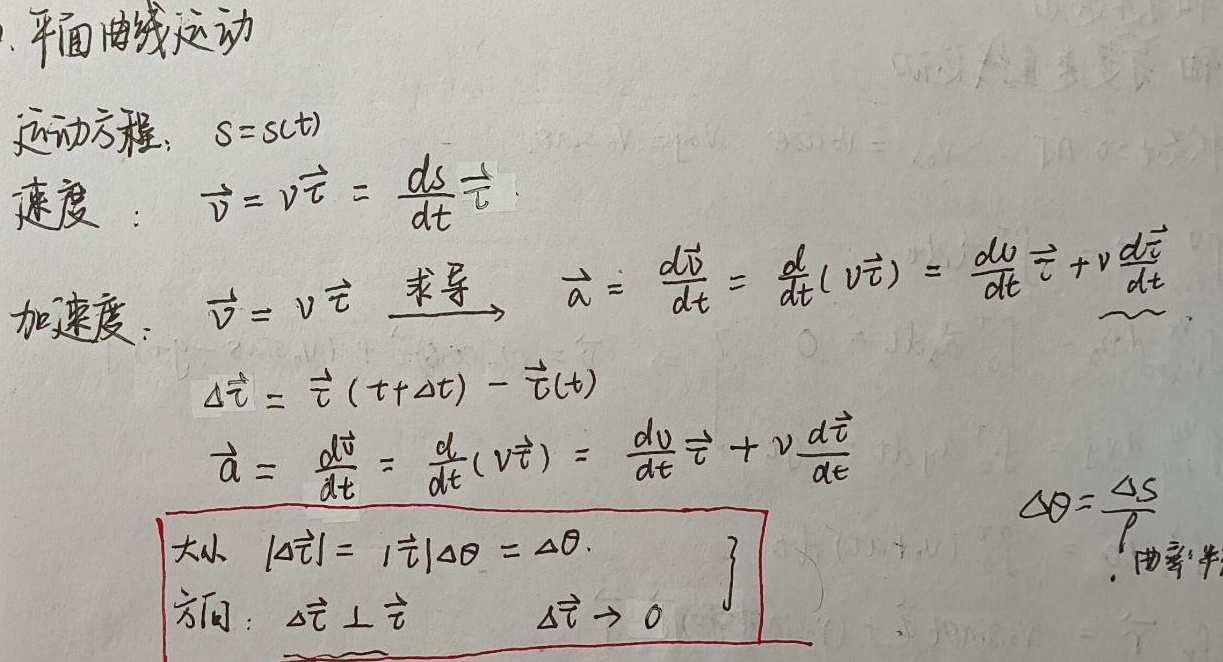
1. 平面曲线运动
    - 运动方程：\(s = s(t)\)
    - 速度：\(\vec{v}=v\vec{\tau}=\frac{ds}{dt}\vec{\tau}\)
    - 加速度：
        - 由\(\vec{v}=v\vec{\tau}\)，对其求导\(\vec{a}=\frac{d\vec{v}}{dt}=\frac{d}{dt}(v\vec{\tau})=\frac{dv}{dt}\vec{\tau}+v\frac{d\vec{\tau}}{dt}\)
        - 设\(\Delta\vec{\tau}=\vec{\tau}(t + \Delta t)-\vec{\tau}(t)\)，所以\(\vec{a}=\frac{d\vec{v}}{dt}=\frac{d}{dt}(v\vec{\tau})=\frac{dv}{dt}\vec{\tau}+v\frac{d\vec{\tau}}{dt}\)
        - **大小**：\(|\Delta\vec{\tau}| = |\vec{\tau}|\Delta\theta=\Delta\theta\)
        - **方向**：\(\Delta\vec{\tau}\perp\vec{\tau}\)，当\(\Delta\vec{\tau}\to0\)
        - 又有\(\Delta\theta=\frac{\Delta s}{\rho}\)（\(\rho\)为曲率半径）